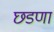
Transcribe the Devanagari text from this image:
छडणा